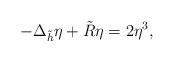
LaTeX: \begin{align*} -\Delta_{\tilde{h}} \eta + \tilde{R}\eta= 2\eta^3,\end{align*}